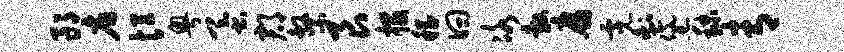
郎店恒粤蚕郡系艮投稽曰冰敷腐霓剩黛秣青